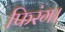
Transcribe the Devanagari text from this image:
फिरंग।